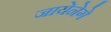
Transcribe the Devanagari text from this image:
जायेनेगे